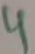
Text: 4